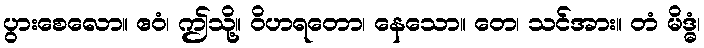
ပွားစေလော။ ဧဝံ၊ ဤသို့။ ဝိဟရတော၊ နေသော။ တေ၊ သင်အား။ တံ မိဒ္ဓံ၊